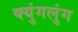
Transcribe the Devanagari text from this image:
क्युंगलुंग